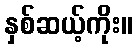
နှစ်ဆယ့်ကိုး။